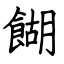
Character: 餬